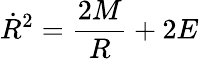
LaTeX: {\dot{R}}^{2}={\frac{2M}{R}}+2E